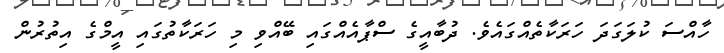
ހާއްސަ ކުލަގަދަ ހަރަކާތެއްގައެވެ. ދުބާއީގެ ސްޕާއެއްގައި ބޭއްވި މި ހަރަކާތުގައި އީމްގެ އިތުރުން